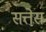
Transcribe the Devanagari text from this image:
सत्तेस